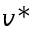
v ^ { \ast }